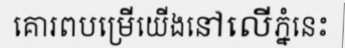
គោរពបម្រើយើងនៅលើភ្នំនេះ